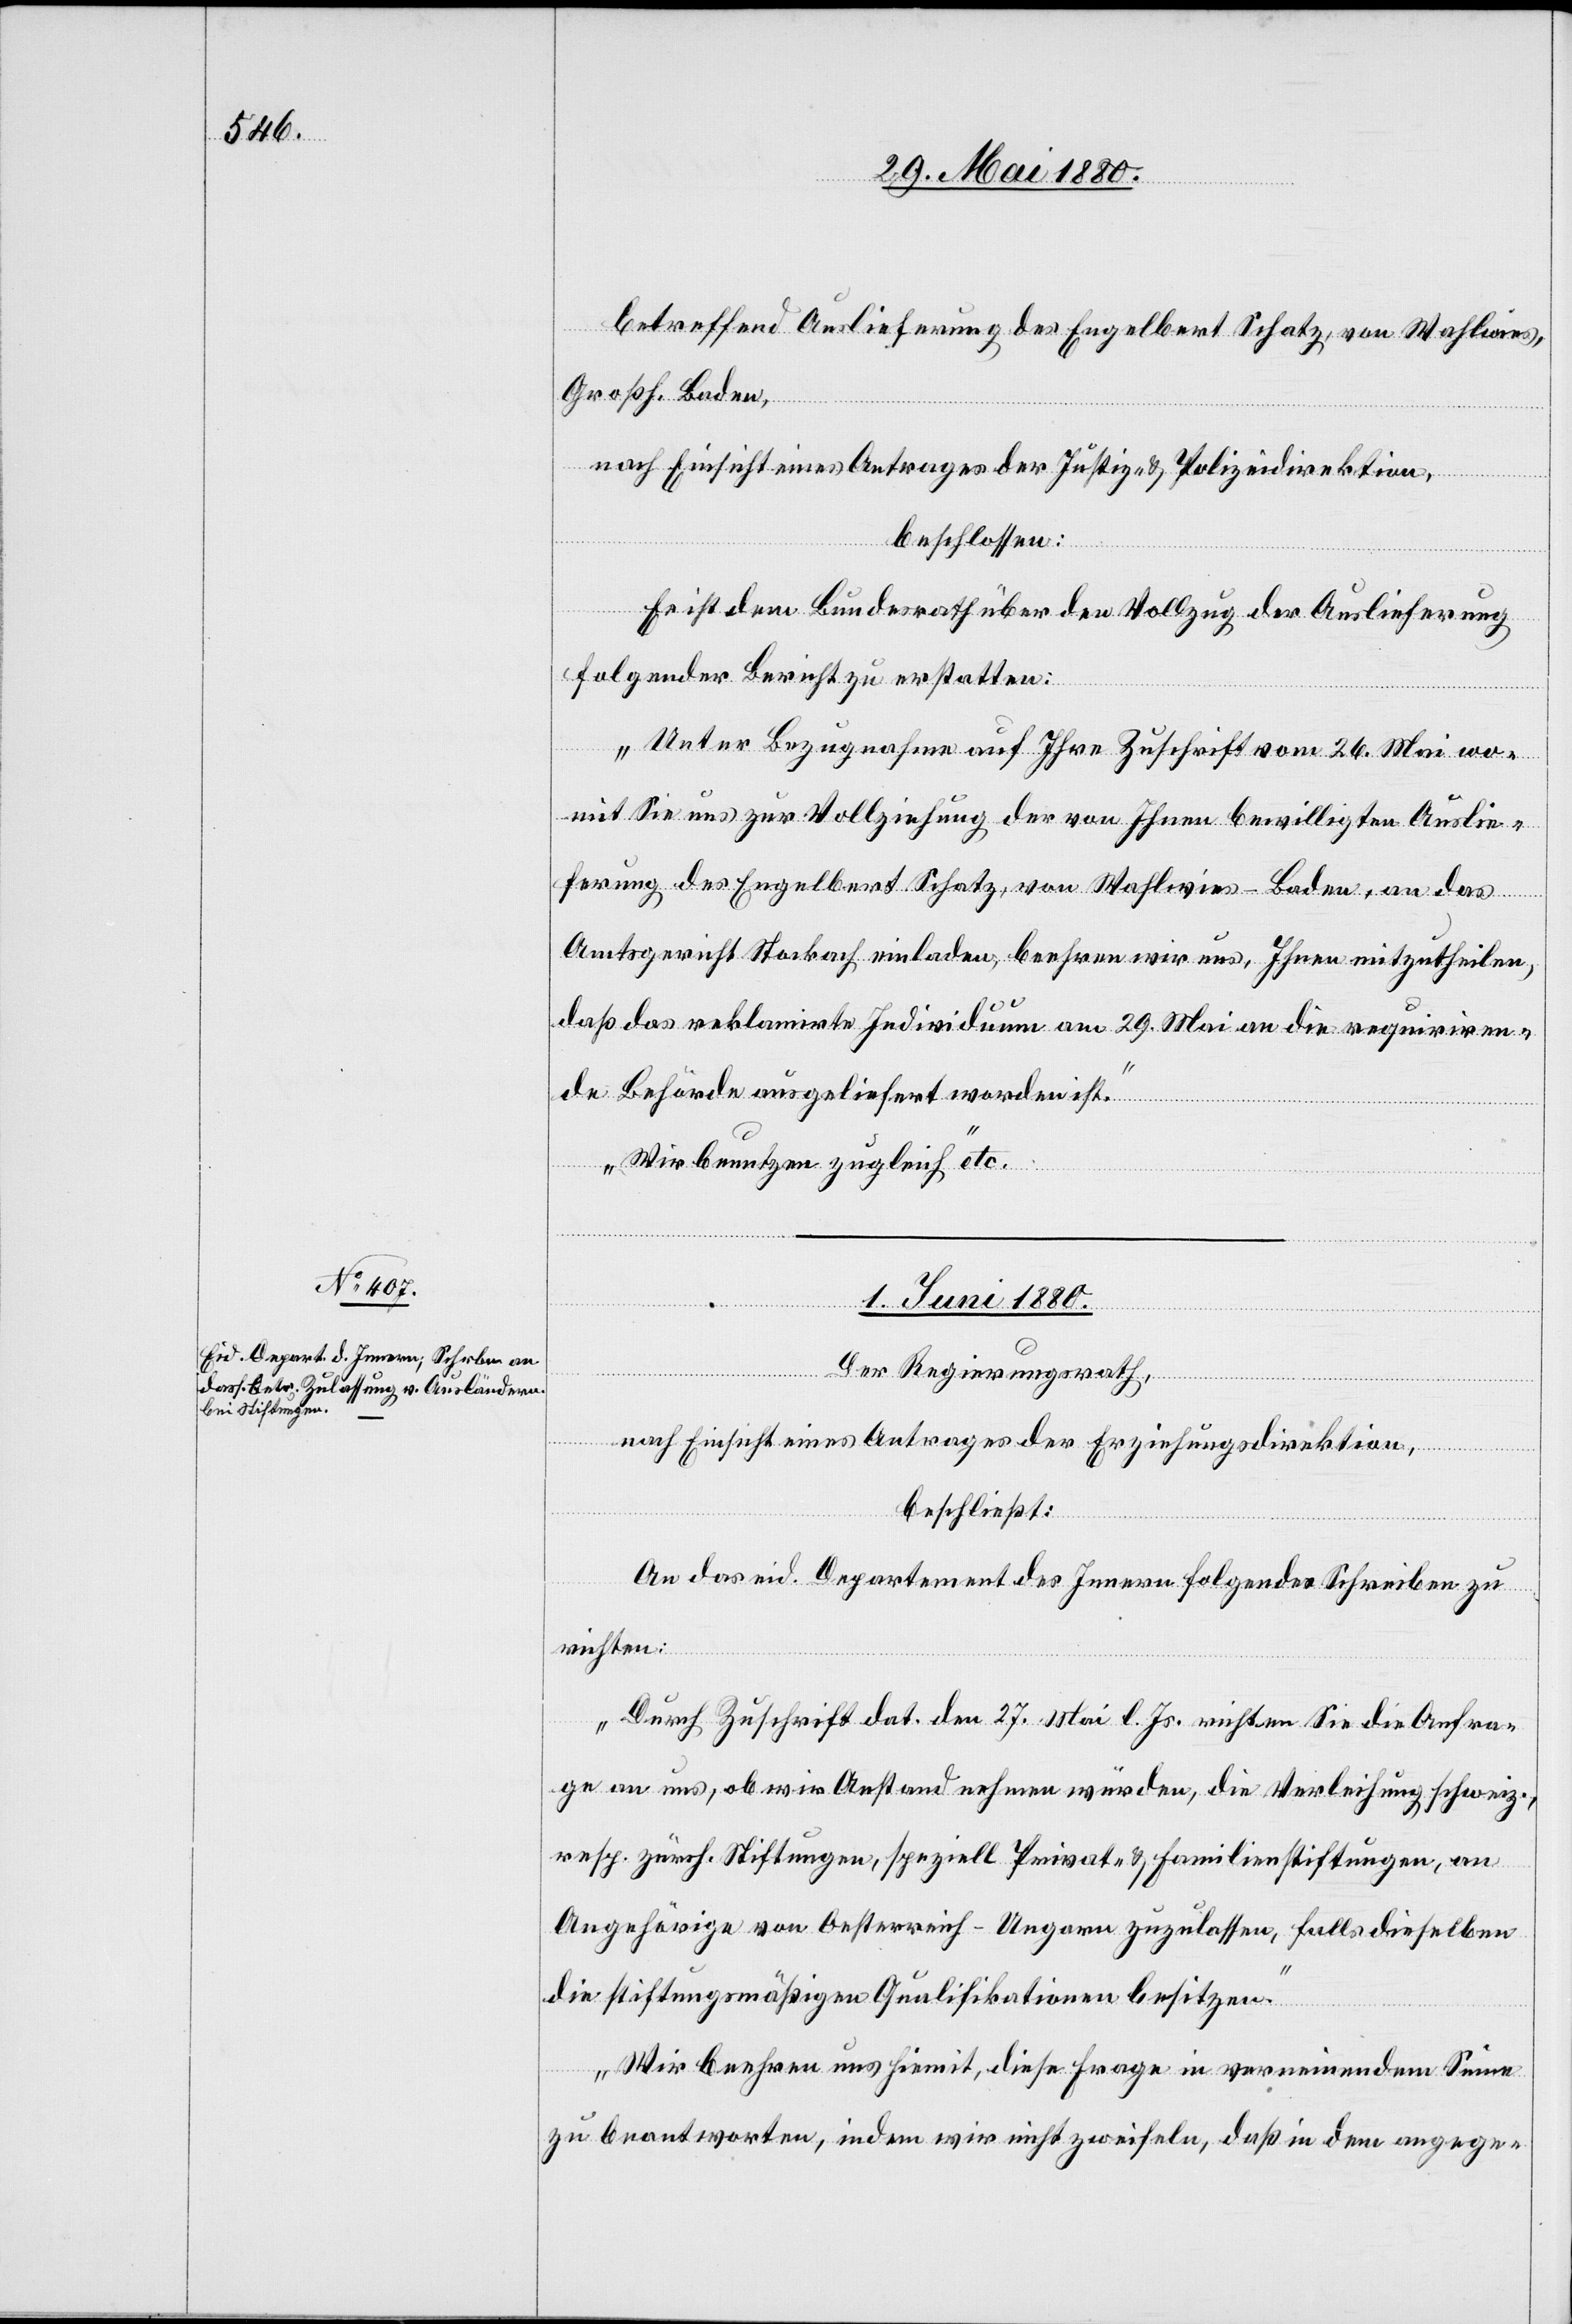
betreffend Auslieferung des Engelbert Schatz, von Wahlwies,
Großh. Baden,
nach Einsicht eines Antrages der Justiz- & Polizeidirektion,
beschlossen:
Es ist dem Bundesrath über den Vollzug der Auslieferung
folgender Bericht zu erstatten:
„Unter Bezugnahme auf Ihre Zuschrift vom 26. Mai wo¬
mit Sie uns zur Vollziehung der von Ihnen bewilligten Auslie¬
ferung des Engelbert Schatz, von Wahlwies - Baden, an das
Amtsgericht Stockach einladen, beehren wir uns, Ihnen mitzutheilen,
daß das reklamirte Individuum am 29. Mai an die requiriren¬
de Behörde ausgeliefert worden ist.
Wir benutzen zugleich“ etc.
1. Juni 1880.
Der Regierungsrath,
nach Einsicht eines Antrages der Erziehungsdirektion,
beschließt:
An das eid. Departement des Innern folgendes Schreiben zu
richten:
„Durch Zuschrift dat. den 27. Mai l. Js. richten Sie die Anfra¬
ge an uns, ob wir Anstand nehmen würden, die Verleihung schweiz.,
resp. zürch. Stiftungen, speziell Privat- & Familienstiftungen, an
Angehörige von Oesterreich-Ungarn zuzulassen, falls dieselben
die stiftungsmäßigen Qualifikationen besitzen.
Wir beehren uns hiemit, diese Frage in verneinendem Sinne
zu beantworten, indem wir nicht zweifeln, daß in dem angege-